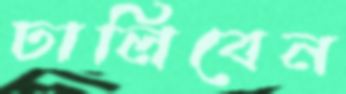
ঢালিবেন